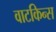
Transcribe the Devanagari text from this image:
वाटकिन्स